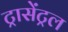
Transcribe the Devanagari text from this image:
ट्रासेंट्रल